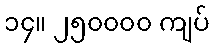
၁၄။ ၂၅၀၀၀၀ ကျပ်